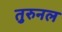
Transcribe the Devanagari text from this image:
तुरुनल